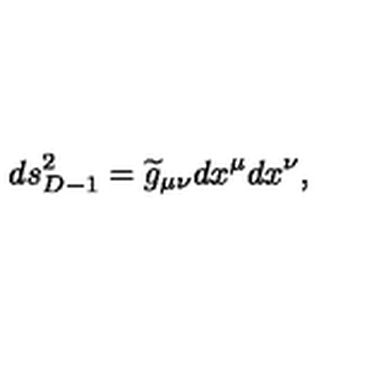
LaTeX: d s _ { D - 1 } ^ { 2 } = { \widetilde g } _ { \mu \nu } d x ^ { \mu } d x ^ { \nu } ,